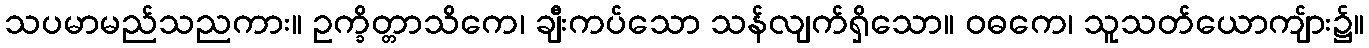
သပမာမည်သညကား။ ဥက္ခိတ္တာသိကေ၊ ချီးကပ်သော သန်လျက်ရှိသော။ ဝဓကေ၊ သူသတ်ယောကျ်ား၌။